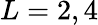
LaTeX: L=2,4